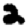
Digit: 2